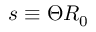
s \equiv \Theta R _ { 0 }